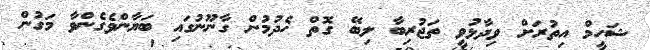
ޝަހީމް އިތުރަށް ވިދާޅުވީ ތަޖުރިބާ ލިބޭ ގޮތް ހެދުމުން ގާނޫނުގައި ބަޔާންވެގެންވާ މަގުން